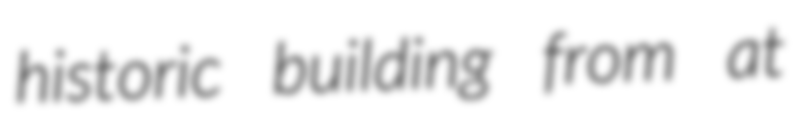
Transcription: historic building from at